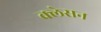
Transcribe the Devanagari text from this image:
क्‍लेसन